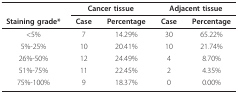
|  | <COLSPAN=2> Cancer tissue | <COLSPAN=2> Adjacent tissue |
 | Staining grade* | Case | Percentage | Case | Percentage |
 | --- | --- | --- | --- | --- |
 | <5% | 7 | 14.29% | 30 | 65.22% |
 | 5%-25% | 10 | 20.41% | 10 | 21.74% |
 | 26%-50% | 12 | 24.49% | 4 | 8.70% |
 | 51%-75% | 11 | 22.45% | 2 | 4.35% |
 | 75%-100% | 9 | 18.37% | 0 | 0.00% |